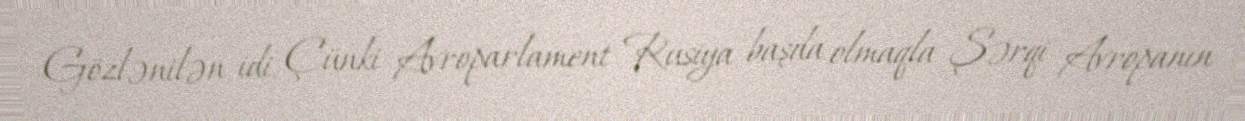
Gözlənilən idi. Çünki Avroparlament Rusiya başda olmaqla Şərqi Avropanın